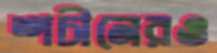
শচীনেরও